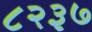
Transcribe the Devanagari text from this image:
८२३७